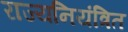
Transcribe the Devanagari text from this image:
राज्यनियंत्रित